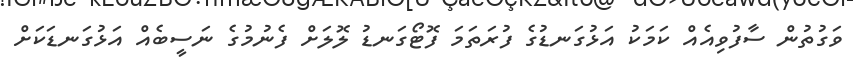
ވަގުތުން ސާފުވިއެއް ކަމަކު އަޅުގަނޑުގެ ފުރަތަމަ ފޮޓޯގަނޑު ލޮލަށް ފެނުމުގެ ނަސީބެއް އަޅުގަނޑަކަށް